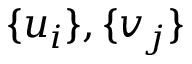
\{ u _ { i } \} , \{ v _ { j } \}